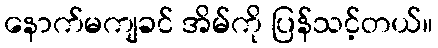
နောက်မကျခင် အိမ်ကို ပြန်သင့်တယ်။